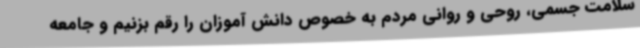
سلامت جسمی، روحی و روانی مردم به خصوص دانش آموزان را رقم بزنیم و جامعه